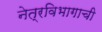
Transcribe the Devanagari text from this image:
नेत्रविभागाची